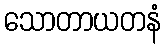
သောတာယတနံ